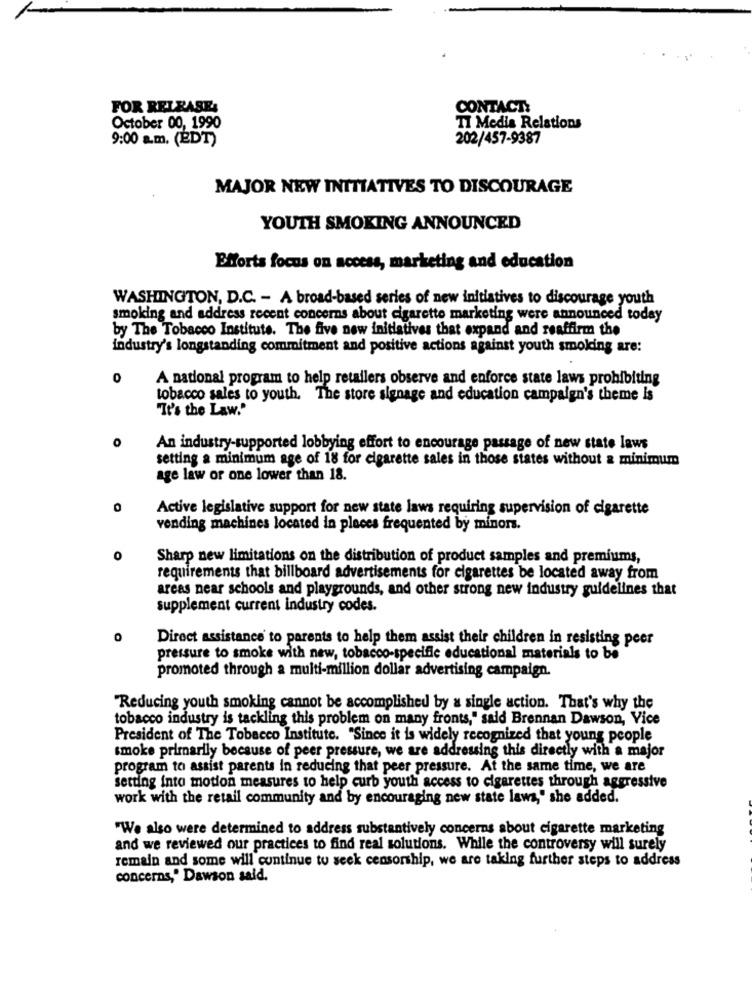
FOR RELEASE:
CONTACT:
October 00, 1990
TI Media Relations
9:00 a.m. (EDT)
202/457-9387
MAJOR NEW INITIATIVES TO DISCOURAGE
YOUTH SMOKING ANNOUNCED
Efforts focus on access, marketing and education
WASHINGTON, D.C. - A broad-based series of new initiatives to discourage youth
smoking and address recent concerns about cigarette marketing were announced today
by The Tobacco Instituts. The five new initiatives that expand and reaffirm the
industry's longstanding commitment and positive actions against youth smoking are:
0
A national program to help retailers observe and enforce state laws prohibiting
tobacco sales to youth. The store signage and education campaign's theme Is
"It's the Law."
o
An industry-supported lobbying effort to encourage passage of new state laws
setting a minimum age of 18 for cigarette sales in those states without a minimum
age law or one lower than 18.
0
Active legislative support for new state laws requiring supervision of cigarette
vending machines located in places frequented by minors.
0
Sharp new limitations on the distribution of product samples and premiums,
requirements that billboard advertisements for cigarettes be located away from
areas near schools and playgrounds, and other strong new industry guidelines that
supplement current industry codes.
0
Direct assistance to parents to help them assist their children in resisting peer
pressure to smoke with new, tobacco-specific educational materials to be
promoted through a multi-million dollar advertising campaign.
"Reducing youth smoking cannot be accomplished by a single action. That's why the
tobacco industry is tackling this problem on many fronts," said Brennan Dawson, Vice
President of The Tobacco Institute. "Since it is widely recognized that young people
smoke primarily because of peer pressure, we are addressing this directly with a major
program to assist parents in reducing that peer pressure. At the same time, we are
setting into motion measures to help curb youth access to cigarettes through aggressive
work with the retail community and by encouraging new state laws," she added.
"We also were determined to address substantively concerns about cigarette marketing
and we reviewed our practices to find real solutions. While the controversy will surely
remain and some will continue to seek censorship, we are taking further steps to address
concerns," Dawson said.